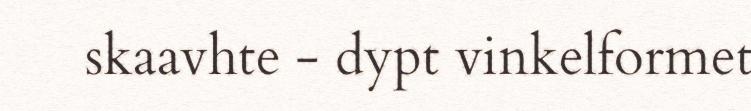
skaavhte - dypt vinkelformet